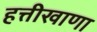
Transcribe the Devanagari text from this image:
हत्तीखाणा